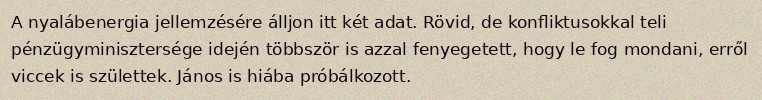
A nyalábenergia jellemzésére álljon itt két adat. Rövid, de konfliktusokkal teli pénzügyminisztersége idején többször is azzal fenyegetett, hogy le fog mondani, erről viccek is születtek. János is hiába próbálkozott.